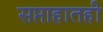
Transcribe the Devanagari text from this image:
सप्ताहातही